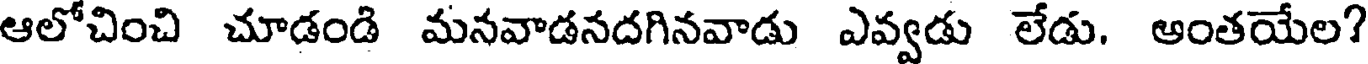
ఆలోచించి చూడండి మనవాడనదగినవాడు ఎవ్వడు లేడు. అంతయేల?